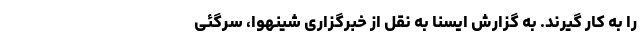
را به کار گیرند. به گزارش ایسنا به نقل از خبرگزاری شینهوا، سرگئی